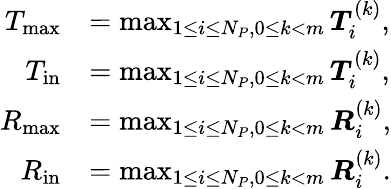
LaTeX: \begin{array}{rl}{T_{\mathrm{max}}}&{=\operatorname*{max}_{1\leq i\leq N_{P},0\leq k<m}\boldsymbol{T}_{i}^{(k)},}\\ {T_{\mathrm{in}}}&{=\operatorname*{max}_{1\leq i\leq N_{P},0\leq k<m}\boldsymbol{T}_{i}^{(k)},}\\ {R_{\mathrm{max}}}&{=\operatorname*{max}_{1\leq i\leq N_{P},0\leq k<m}\boldsymbol{R}_{i}^{(k)},}\\ {R_{\mathrm{in}}}&{=\operatorname*{max}_{1\leq i\leq N_{P},0\leq k<m}\boldsymbol{R}_{i}^{(k)}.}\end{array}